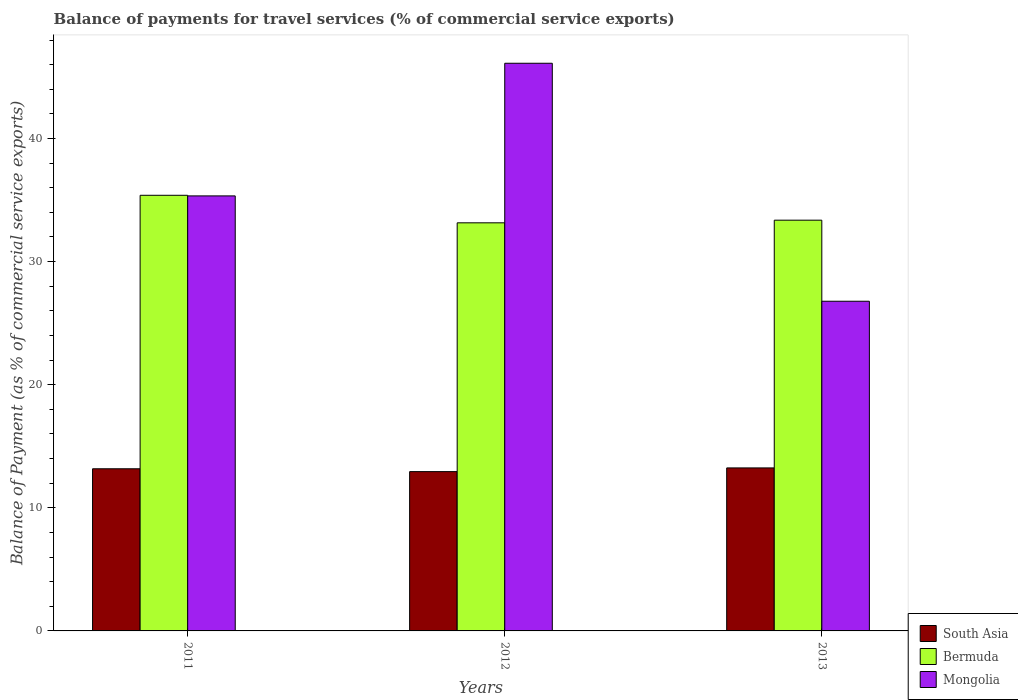
| Years | South Asia | Bermuda | Mongolia |
 | --- | --- | --- | --- |
 | 2011 | 13.2 | 35.4 | 35.3 |
 | 2012 | 12.9 | 33.2 | 46.1 |
 | 2013 | 13.2 | 33.4 | 26.8 |